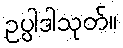
ဥပ္ပါဒါသုတ်။